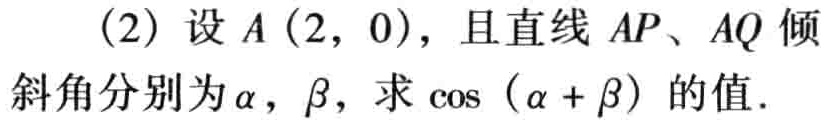
(2) 设 \(A(2,0)\)，且直线 \(AP\)、\(AQ\) 倾斜角分别为 \(\alpha\)，\(\beta\)，求 \(\cos(\alpha + \beta)\) 的值.